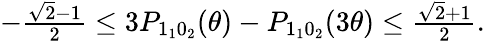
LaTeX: \begin{array}{r}{-\frac{\sqrt{2}-1}{2}\leq 3P_{1_{1}0_{2}}(\theta)-P_{1_{1}0_{2}}(3\theta)\leq\frac{\sqrt{2}+1}{2}.}\end{array}